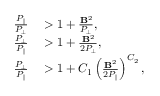
\begin{array} { r l } { \frac { P _ { \| } } { P _ { \perp } } } & { { } > 1 + \frac { \mathbf { B } ^ { 2 } } { P _ { \perp } } , } \\ { \frac { P _ { \perp } } { P _ { \| } } } & { { } > 1 + \frac { \mathbf { B } ^ { 2 } } { 2 P _ { \perp } } , } \\ { \frac { P _ { \perp } } { P _ { \| } } } & { { } > 1 + C _ { 1 } \left( \frac { \mathbf { B } ^ { 2 } } { 2 P _ { \| } } \right) ^ { C _ { 2 } } , } \end{array}